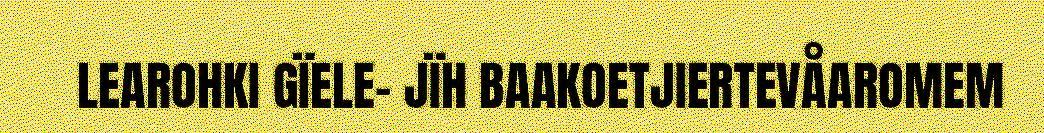
LEAROHKI GÏELE- JÏH BAAKOETJIERTEVÅAROMEM